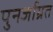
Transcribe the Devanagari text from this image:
पुनर्जाग्रत